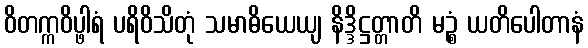
ဝိတက္ကဝိပ္ဖါရံ ပရိဝိသိတုံ သမာဓိယေယျ နိဒ္ဒိဋ္ဌတ္တာတိ မဉ္စံ ယတိပေါတာနံ